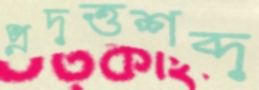
প্রদত্তশব্দ